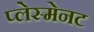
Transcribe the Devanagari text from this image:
प्लेस्मेनट